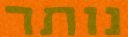
נותר